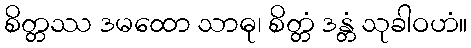
စိတ္တဿ ဒမထော သာဓု၊ စိတ္တံ ဒန္တံ သုခါဝဟံ။